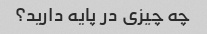
چه چیزی در پایه دارید؟